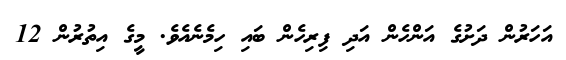
އަހަރުން ދަށުގެ އަންހެން އަދި ފިރިހެން ބައި ހިމެނެއެވެ. މީގެ އިތުރުން 12